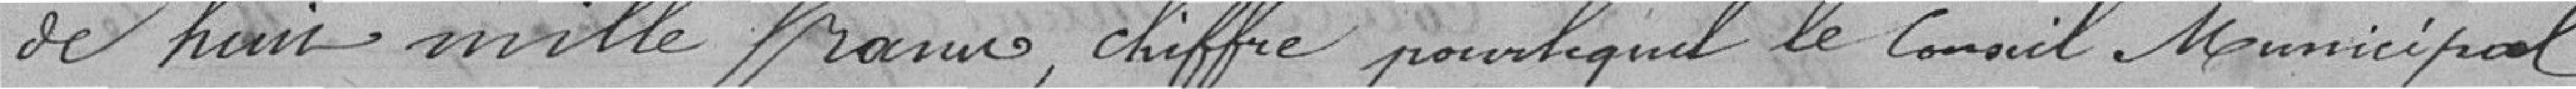
de huit mille francs, chiffre pour lequel le Conseil Municipal